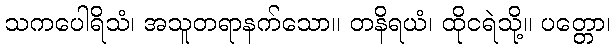
သကပေါရိသံ၊ အသူတရာနက်သော။ တနိရယံ၊ ထိုငရဲသို့။ ပတ္တော၊